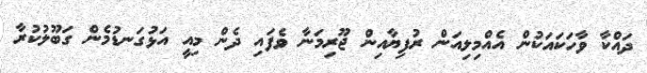
ދައްކާ ވާހަކައަކުން އެއްމިލިއަން ރުފިޔާއިން ޖޫރިމަނާ ވެފައި ދެން މިއީ އަޅުގަނޑުމެން ގަބޫލުކުރާ